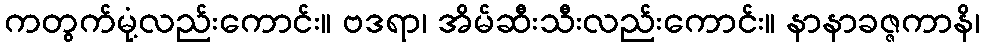
ကတွက်မုံ့လည်းကောင်း။ ဗဒရာ၊ အိမ်ဆီးသီးလည်းကောင်း။ နာနာခဇ္ဇကာနိ၊